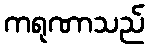
ကရုဏာသည်